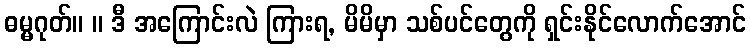
ဓမ္မဂုတ်။ ။ ဒီ အကြောင်းလဲ ကြားရ, မိမိမှာ သစ်ပင်တွေကို ရှင်းနိုင်လောက်အောင်